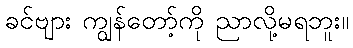
ခင်ဗျား ကျွန်တော့်ကို ညာလို့မရဘူး။